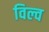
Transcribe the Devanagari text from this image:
विल्व